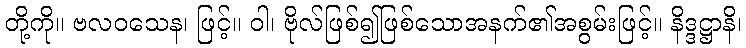
တို့ကို။ ဗလဝသေန၊ ဖြင့်။ ဝါ၊ ဗိုလ်ဖြစ်၍ဖြစ်သောအနက်၏အစွမ်းဖြင့်။ နိဒ္ဒဋ္ဌာနိ၊